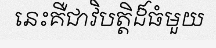
នេះគឺជាវិបត្តិដ៏ធំមួយ